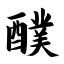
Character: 醭